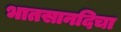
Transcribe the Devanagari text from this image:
भातसानदिचा